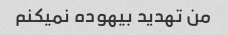
من تهدید بیهوده نمیکنم